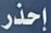
إحذر